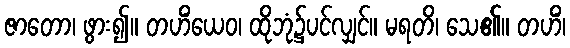
ဇာတော၊ ဖွား၍။ တဟိံယေဝ၊ ထိုဘုံ၌ပင်လျှင်။ မရတိ၊ သေ၏။ တဟိံ၊